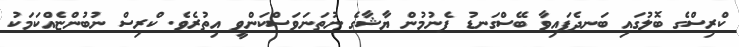
ކްރިސްގެ ބޮލުގައި ބަނދެފައިވާ ބޭސްގަނޑު ފެނުމުން ޔާޝާގެ ނުތަނަވަސްކަންވީ އިތުރެވެ. ކްރިސް ނުބުންޏެއްކަމަކު